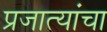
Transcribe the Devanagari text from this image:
प्रजात्यांचा